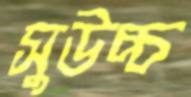
সুউচ্চ